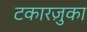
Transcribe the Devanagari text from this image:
टकारज़ुका